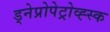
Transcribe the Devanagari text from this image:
ड्नेप्रोपेट्रोव्ह्स्क